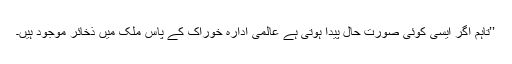
’’تاہم اگر ایسی کوئی صورت حال پیدا ہوتی ہے عالمی ادارہ خوراک کے پاس ملک میں ذخائر موجود ہیں۔